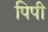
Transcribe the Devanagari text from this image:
पिपी